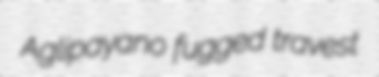
Aglipayano fugged travest